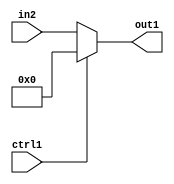
`timescale 1ps / 1ps
/*****************************************************************************
    Verilog RTL Description
    
    
    Created by: Stratus DpOpt 21.05.01 
*******************************************************************************/

module dut_N_Mux_13_2_57_4 (
	in2,
	ctrl1,
	out1
	); /* architecture "behavioural" */ 
input [12:0] in2;
input  ctrl1;
output [12:0] out1;
wire [12:0] asc001;

reg [12:0] asc001_tmp_0;
assign asc001 = asc001_tmp_0;
always @ (ctrl1 or in2) begin
	case (ctrl1)
		1'B1 : asc001_tmp_0 = 13'B0000000000000 ;
		default : asc001_tmp_0 = in2 ;
	endcase
end

assign out1 = asc001;
endmodule

/* CADENCE  uLT4TA4= : u9/ySxbfrwZIxEzHVQQV8Q== ** DO NOT EDIT THIS LINE ******/